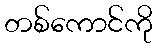
တစ်ကောင်ကို